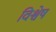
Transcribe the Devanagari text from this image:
विश्वेष